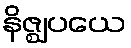
နိဇ္ဈပယေ